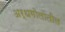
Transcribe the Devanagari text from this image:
अर्धगोलातील